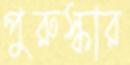
পুরুস্কার